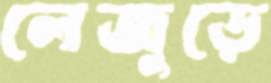
লেজুড়ে